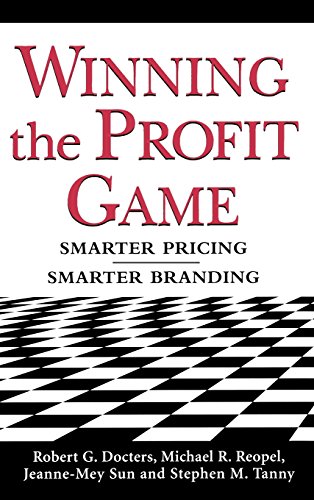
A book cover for Winning the Profit Game: Smarter Pricing, Smarter Branding; Robert G. Docters; Business & Money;